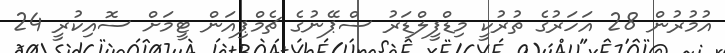
އުމުރުން 28 އަހަރުގެ ތުރުކީ މިޑްފީލްޑަރު ސްޕޭނުގެ ޗެމްޕިއަން ޓީމަށް ސޮއިކުރީ 24